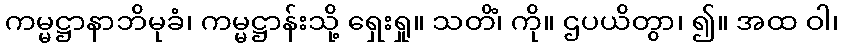
ကမ္မဋ္ဌာနာဘိမုခံ၊ ကမ္မဋ္ဌာန်းသို့ ရှေးရှု။ သတိံ၊ ကို။ ဌပယိတွာ၊ ၍။ အထ ဝါ၊